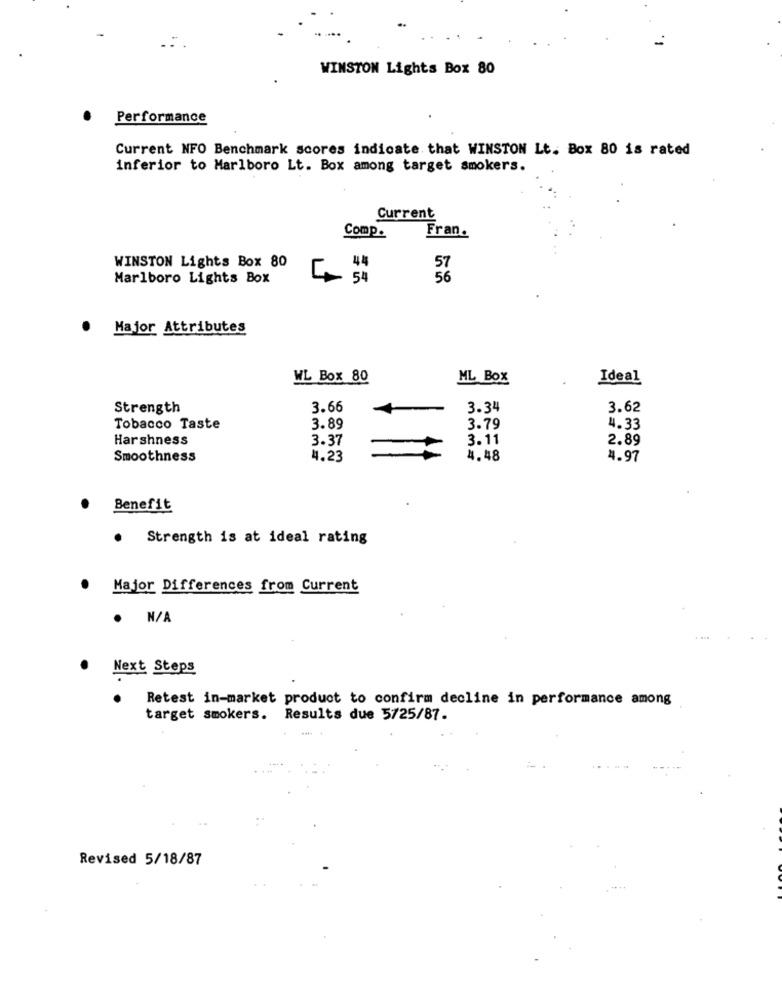
WINSTON Lights Box 80
Performance
Current NFO Benchmark scores indicate that WINSTON Lt. Box 80 is rated
inferior to Marlboro Lt. Box among target smokers.
Current
Fran.
Comp.
WINSTON Lights Box 80
44
Marlboro Lights Box
Major Attributes
WL Box 80
ML Box
Ideal
Strength
3.66
3.34
3.62
Tobacco Taste
3.89
3.79
4.33
Harshness
3.37
3.11
2.89
Smoothness
4.23
4.48
4.97
Benefit
Strength is at ideal rating
Major Differences from Current
. N/A
Next Steps
Retest in-market product to confirm decline in performance among
target smokers. Results due 5725/87.
Revised 5/18/87